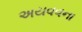
અયવવના